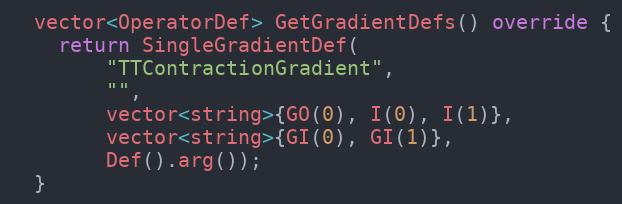
Language: C++
  vector<OperatorDef> GetGradientDefs() override {
    return SingleGradientDef(
        "TTContractionGradient",
        "",
        vector<string>{GO(0), I(0), I(1)},
        vector<string>{GI(0), GI(1)},
        Def().arg());
  }